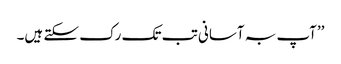
’’آپ بہ آسانی تب تک رک سکتے ہیں۔